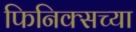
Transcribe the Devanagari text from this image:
फिनिक्सच्या